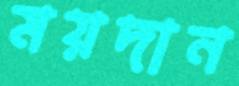
ময়দান